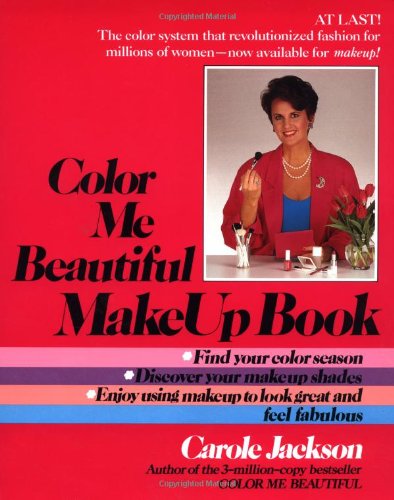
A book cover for Color Me Beautiful Make-Up Book; Carole Jackson; Health, Fitness & Dieting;